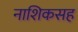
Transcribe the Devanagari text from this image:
नाशिकसह